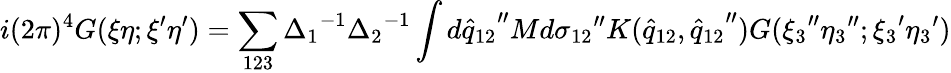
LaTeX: i(2\pi)^{4}G(\xi\eta;{\xi}^{\prime}{\eta}^{\prime})=\sum_{123}{\Delta_{1}}^{-1}{\Delta_{2}}^{-1}\int d{{\hat{q}}_{12}}^{\prime\prime}Md{\sigma_{12}}^{\prime\prime}K({\hat{q}}_{12},{{\hat{q}}_{12}}^{\prime\prime})G({\xi_{3}}^{\prime\prime}{\eta_{3}}^{\prime\prime};{\xi_{3}}^{\prime}{\eta_{3}}^{\prime})